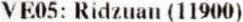
VE05: RIDZUAN (11900)